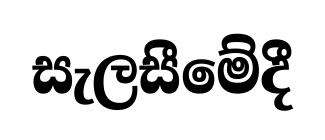
සැලසීමේදී